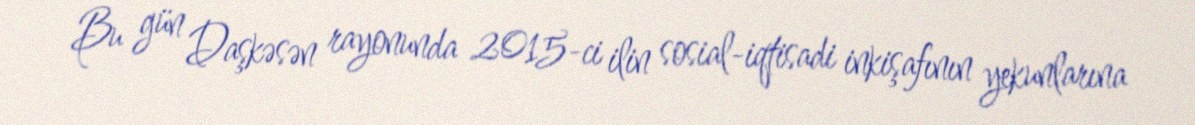
Bu gün Daşkəsən rayonunda 2015-ci ilin sosial-iqtisadi inkişafının yekunlarına